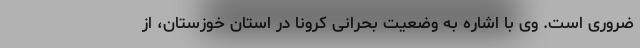
ضروری است. وی با اشاره به وضعیت بحرانی کرونا در استان خوزستان، از